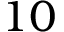
1 0